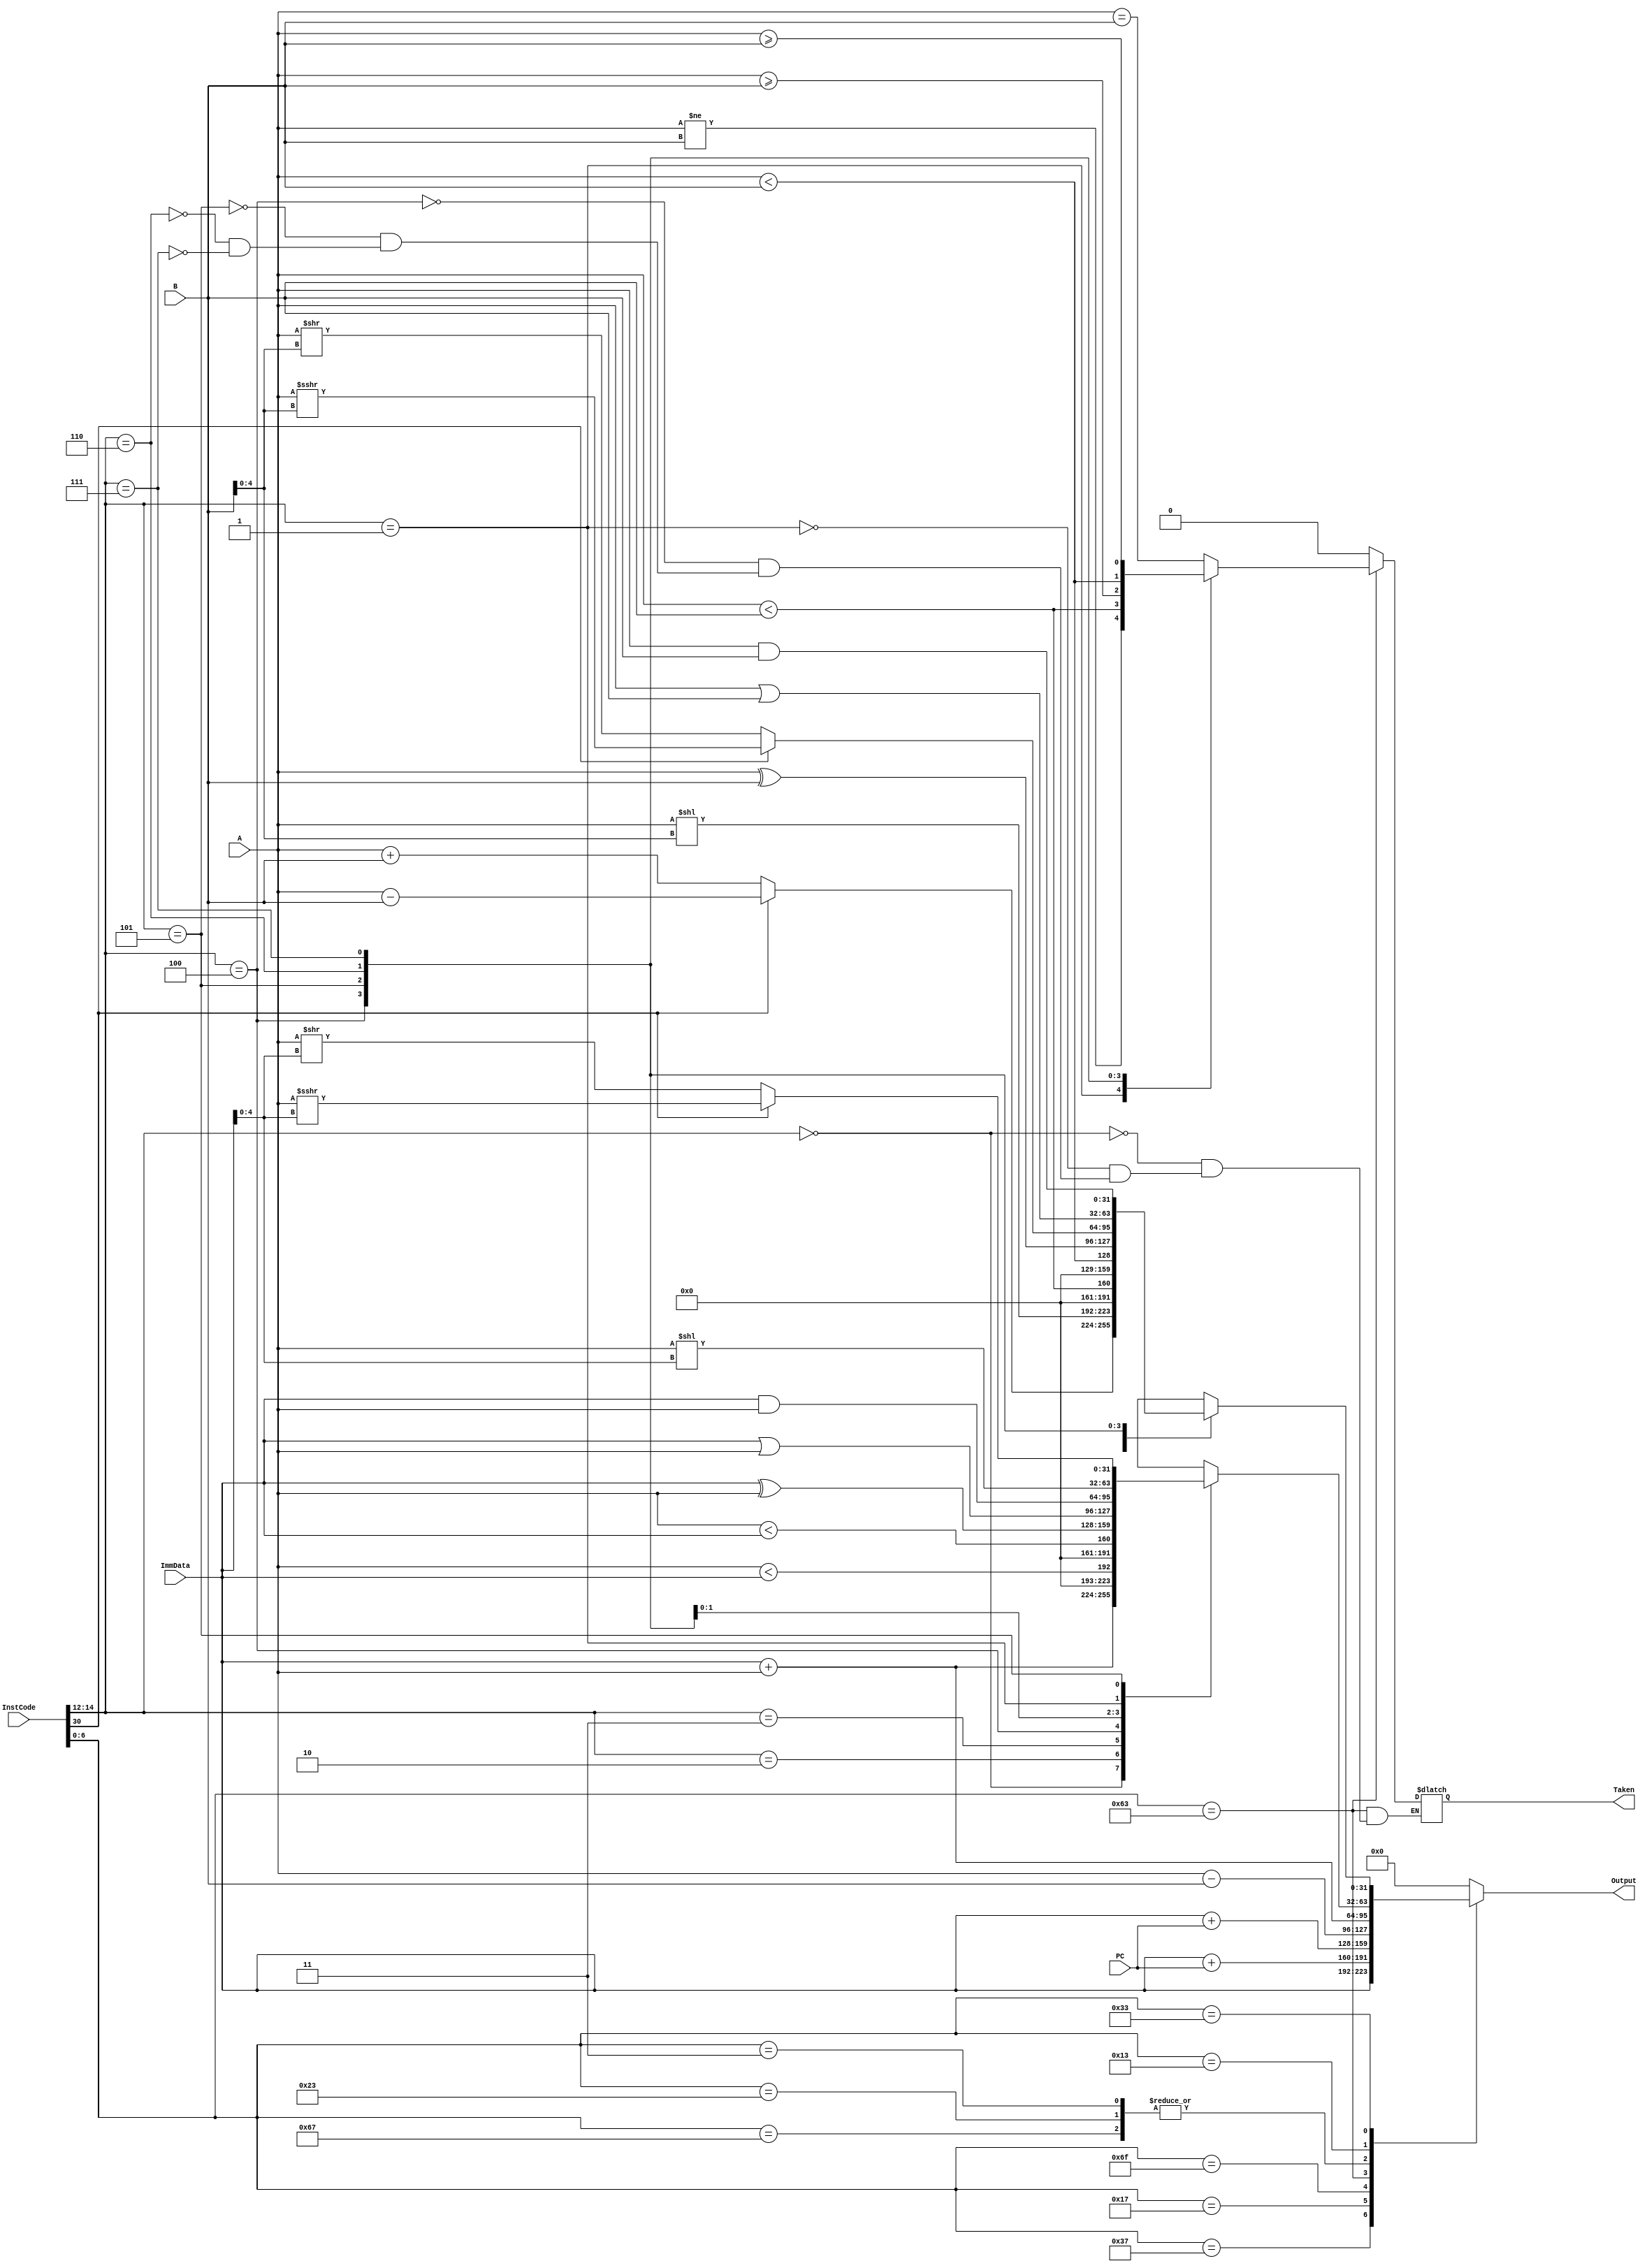
`timescale 1ns / 1ps
//////////////////////////////////////////////////////////////////////////////////
// Company: 
// Engineer: 
// 
// Design Name: 
// Module Name:    ALU 
// Project Name: 
// Target Devices: 
// Tool versions: 
// Description: 
//
// Dependencies: 
//
// Revision: 
// Revision 0.01 - File Created
// Additional Comments: 
//
//////////////////////////////////////////////////////////////////////////////////
module ALU(
    input [31:0] PC,
	 input [31:0] InstCode,
    input [31:0] ImmData,
    input [31:0] A,
    input [31:0] B,
    output reg [31:0] Output,
	 output reg Taken
    );

parameter RR = 7'b0110011, JAL = 7'b1101111, Branch = 7'b1100011,
          Load = 7'b0000011, Store = 7'b0100011, Imm = 7'b0010011,
			 LUI = 7'b0110111, AUIPC = 7'b0010111, JALR = 7'b1100111;

always@(*)
begin
	case(InstCode[6:0])
		LUI: begin
			Output <= ImmData;
			Taken <= 0;
		end
		AUIPC: begin
			Output <= ImmData + PC;
			Taken <= 0;
		end
		JAL: begin
			Output <= $signed(ImmData) + $signed(PC);
			Taken <= 0;
		end
		JALR: begin
			Output <= $signed(ImmData) + $signed(A);
			Taken <= 0;
		end
		Branch: begin
			Output <= A - B;
			case(InstCode[14:12])
				3'b000: Taken <= (A == B); //BEQ
				3'b001: Taken <= (A != B); //BNE
				3'b100: Taken <= ($signed(A) < $signed(B)); //BLT
				3'b101: Taken <= ($signed(A) >= $signed(B)); //BGE
				3'b110: Taken <= ($unsigned(A) < $unsigned(B)); //BLTU
				3'b111: Taken <= ($unsigned(A) >= $unsigned(B)); //BGEU
			endcase
		end
		Load,Store: begin
			Output <= $signed(ImmData) + $signed(A);
			Taken <= 0;
		end
		Imm: begin
			Taken <= 0;
			case(InstCode[14:12])
				3'b000: Output <= $signed(ImmData) + $signed(A); //ADDI
				3'b010: Output <= ($signed(A) < $signed(ImmData)); //SLTI
				3'b011: Output <= (A < ImmData); //SLTIU
				3'b100: Output <= ImmData ^ A; //XORI
				3'b110: Output <= ImmData | A; //ORI
				3'b111: Output <= ImmData & A; //ANDI
				3'b001: Output <= A << ImmData[4:0]; //SLLI
				3'b101: begin 
					if(InstCode[30] == 0) Output <= A >> ImmData[4:0]; //SRLI
					else Output <= $signed(A) >>> ImmData[4:0]; //SRAI
				end
			endcase
		end
		RR: begin
			Taken <= 0;
			case(InstCode[14:12])
				3'b000: begin
					if(InstCode[30] == 0) Output <= $signed(A) + $signed(B); //ADD
					else Output <= $signed(A) - $signed(B); //SUB
				end
				3'b001: Output <= A << B[4:0]; //SLL
				3'b010: Output <= ($signed(A) < $signed(B)); //SLT
				3'b011: Output <= ($unsigned(A) < $unsigned(B)); //SLTU
				3'b100: Output <= A ^ B; //XOR
				3'b101: begin
					if(InstCode[30] == 0) Output <= A >> B[4:0]; //SRL
					else Output <= $signed(A) >>> B[4:0]; //SRA
				end
				3'b110: Output <= A | B; //OR
				3'b111: Output <= A & B; //AND
			endcase
		end
		
		default: begin
			Output <= 0;
			Taken <= 0;
		end
	endcase
end

endmodule